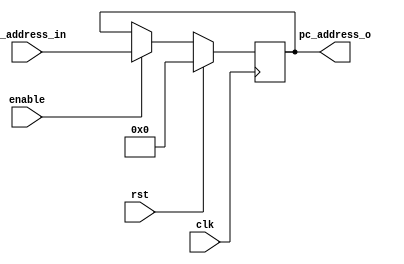
module pc_reg
  (
  input clk,
  input rst,
  input enable,
  input [31:0] pc_address_in,
  output reg [31:0] pc_address_o
  );
  
  always@(posedge clk) begin
    if (rst == 1) begin
      pc_address_o <= 32'b0;
      end else begin
      if (enable == 1) begin
        pc_address_o <= pc_address_in;
        end else begin
        pc_address_o <= pc_address_o;
      end
    end
  end
  
  
endmodule